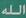
الله